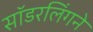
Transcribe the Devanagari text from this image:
सॉडरलिंगने